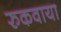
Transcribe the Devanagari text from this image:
रुकवाया